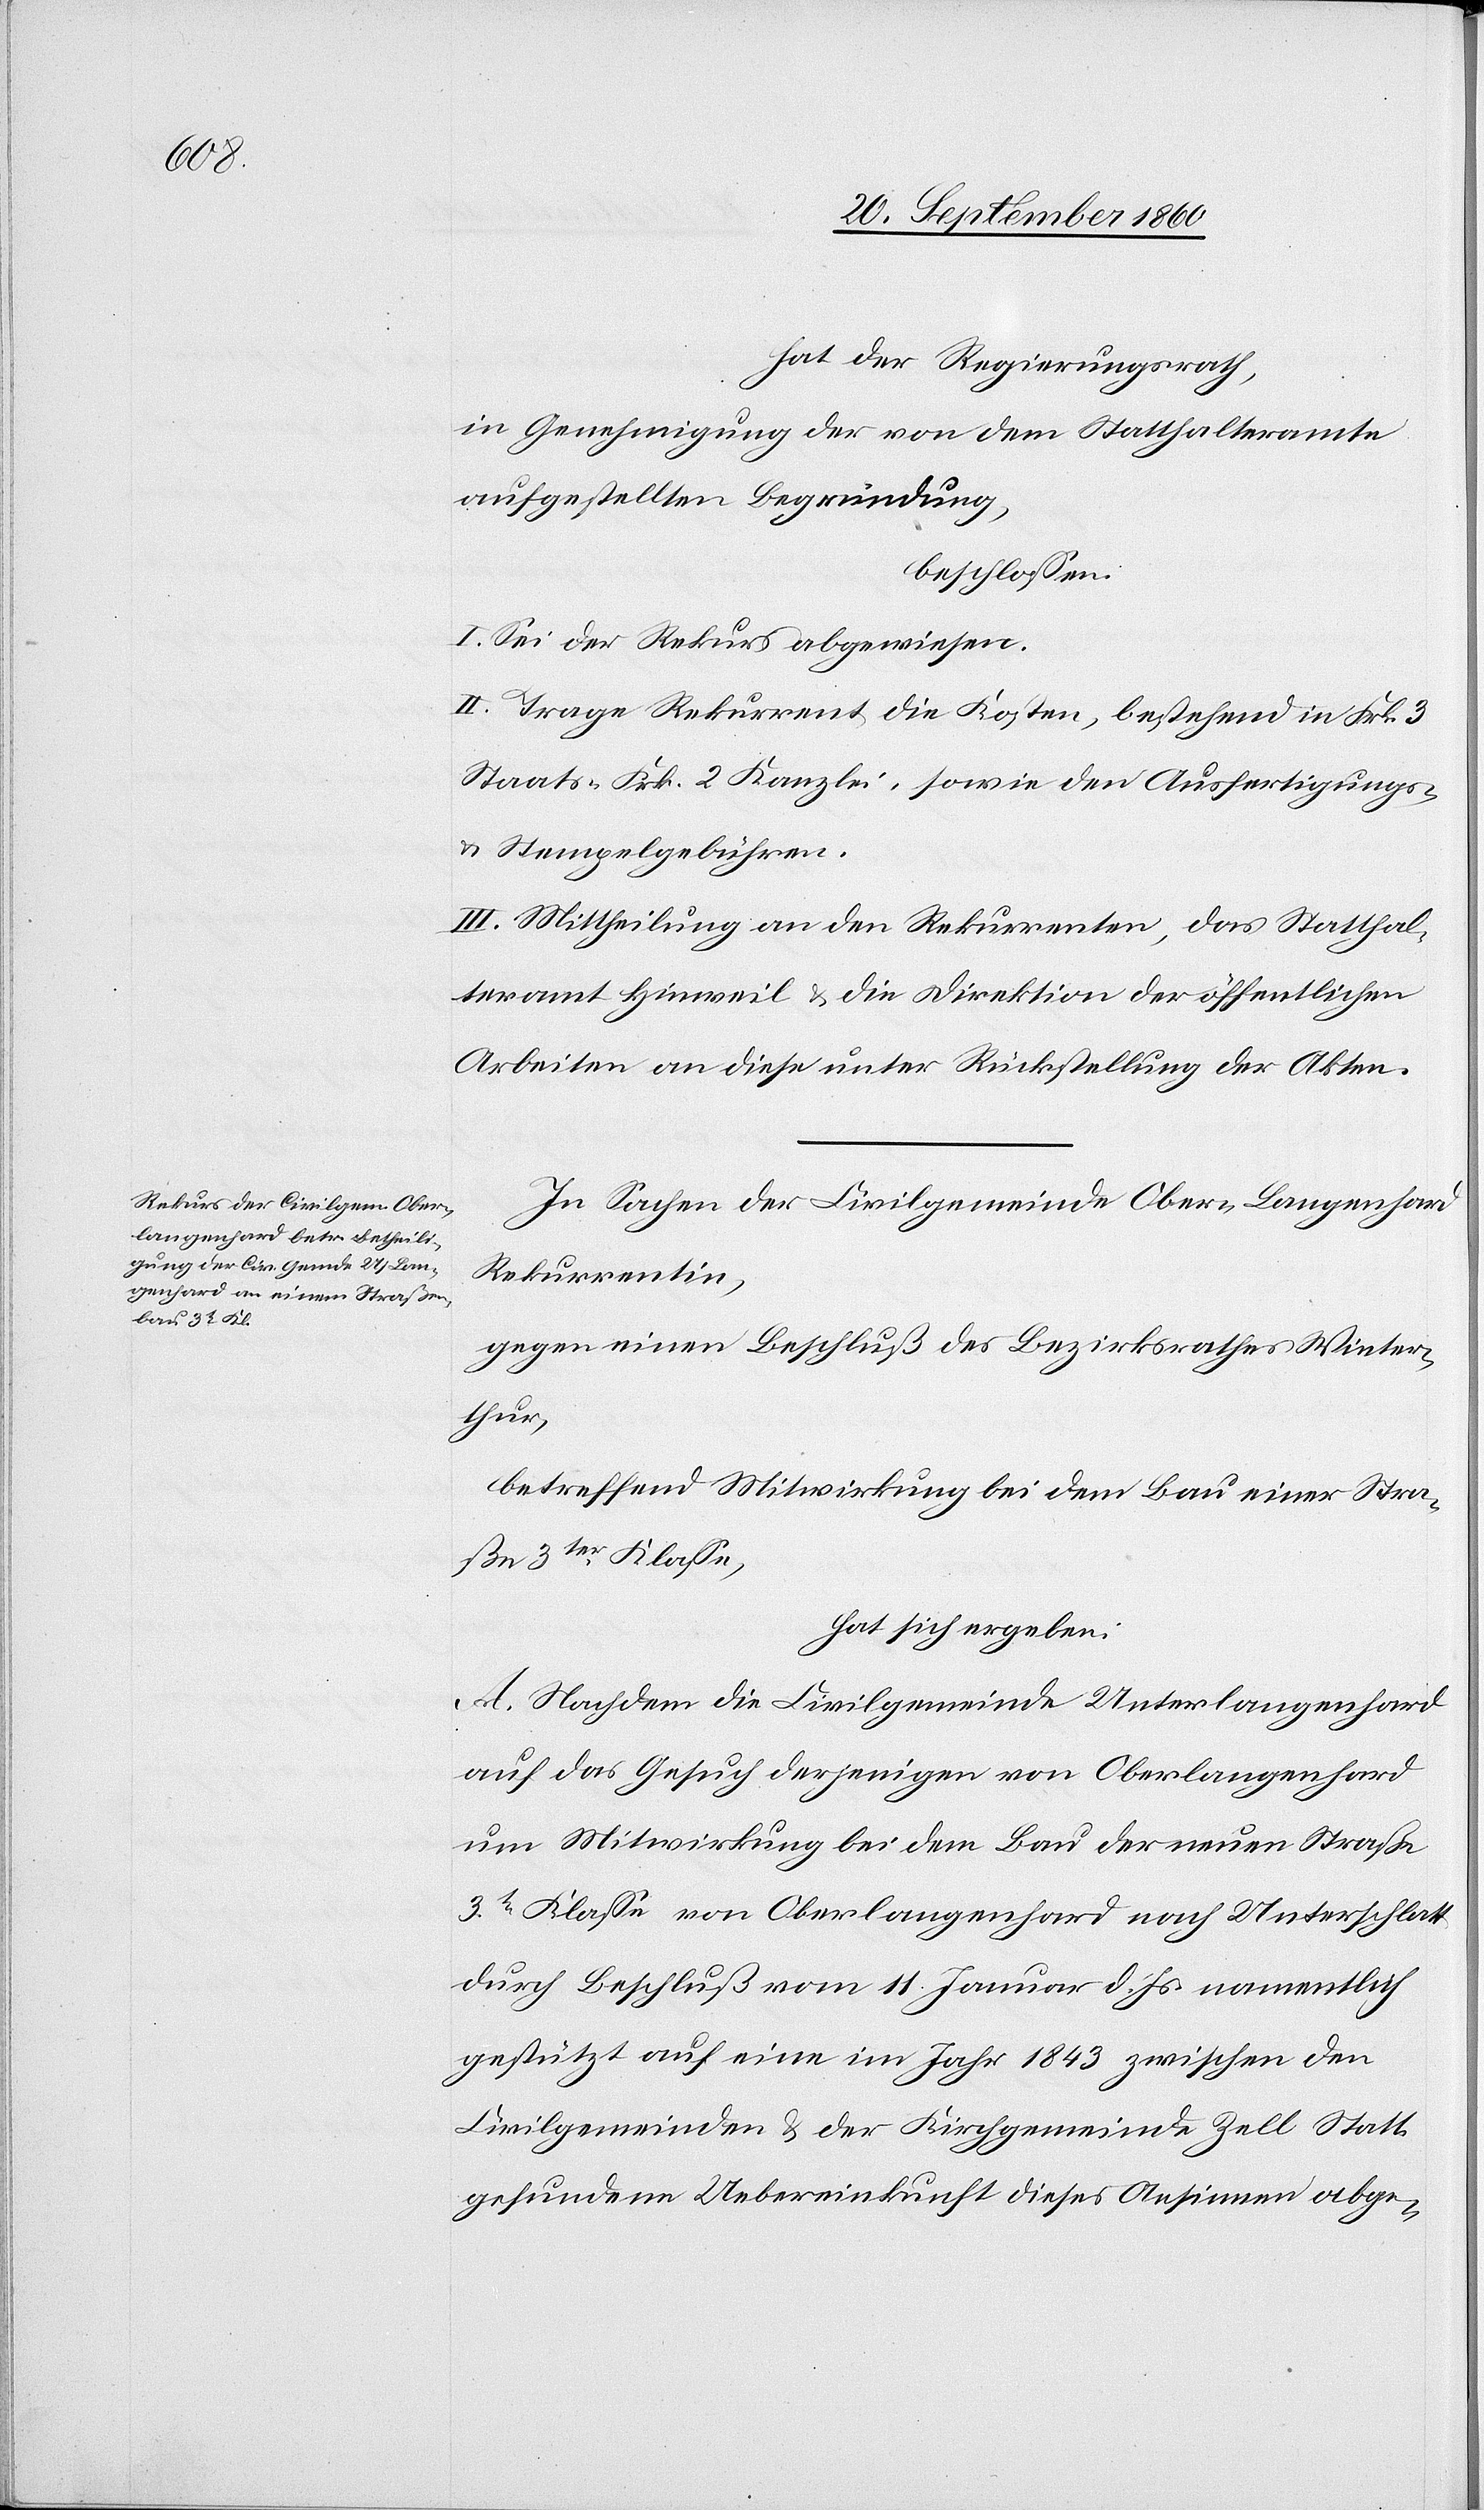
hat der Regierungsrath,
in Genehmigung der von dem Statthalteramte
aufgestellten Begründung,
beschlossen:
I. Sei der Rekurs abgewiesen.
II. Trage Rekurrent die Kosten, bestehend in Frk. 3
Staats-[,] Frk. 2 Kanzlei-, sowie den Ausfertigungs-
& Stempelgebühren.
III. Mittheilung an die Rekurrentin, das Statthal¬
teramt Hinweil & an die Direktion der öffentlichen
Arbeiten an diese unter Rückstellung der Akten.
In Sachen der Civilgemeinde Ober-Langenhard,
Rekurrentin,
gegen einen Beschluß des Bezirksrathes Winter¬
thur,
betreffend Mitwirkung bei dem Bau einer Stra¬
ße 3ter Klasse,
hat sich ergeben:
A. Nachdem die Civilgemeinde Unterlangenhard
auf das Gesuch derjenigen von Oberlangenhard
um Mitwirkung bei dem Bau der neuen Straße
3t Klasse von Oberlangenhard nach Unterschlatt
durch Beschluß vom 11. Januar d. Js. namentlich
gestützt auf eine im Jahr 1843 zwischen den
Civilgemeinden & der Kirchgemeinde Zell Statt
gefundene Uebereinkunft dieses Ansinnen abge-